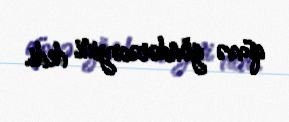
qüvvə göndərəcəyini dedi.